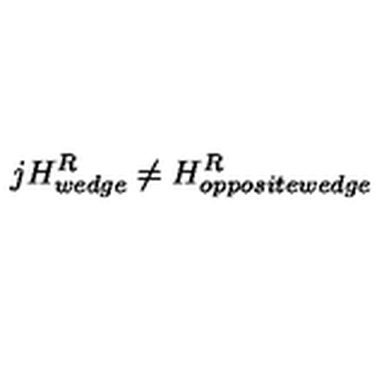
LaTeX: j H _ { w e d g e } ^ { R } \neq H _ { o p p o s i t e w e d g e } ^ { R }